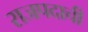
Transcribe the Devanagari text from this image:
राजपदाची